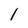
Character: l